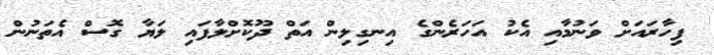
ފިހާރައަށް ވަނުމާއި އެކު އަހަރެންގެ އިނގިލިން އަތް ދޫކޮށްލާފައި ލަޔާ ގޮސް އެތަނުން